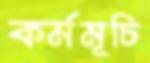
কর্মমূচি